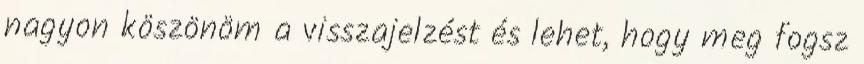
nagyon köszönöm a visszajelzést és lehet, hogy meg fogsz